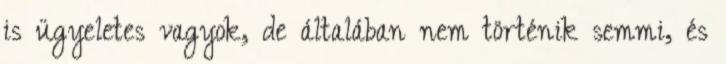
is ügyeletes vagyok, de általában nem történik semmi, és